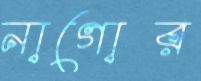
নাগোর